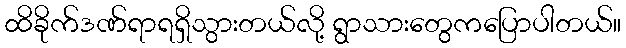
ထိခိုက်ဒဏ်ရာရရှိသွားတယ်လို့ ရွာသားတွေကပြောပါတယ်။